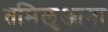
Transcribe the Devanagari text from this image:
तमिलुआना